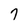
Character: 7